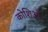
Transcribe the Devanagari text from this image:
कोशिओं